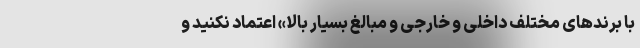
با برندهای مختلف داخلی و خارجی و مبالغ بسیار بالا» اعتماد نکنید و